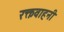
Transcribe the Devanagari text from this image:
रक्तवाहनी